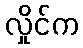
လှိုင်က